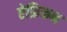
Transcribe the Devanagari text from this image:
ऐफ्रिकन